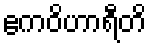
ဧကဝိဟာရီတိ